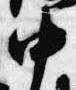
中